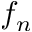
f _ { n }